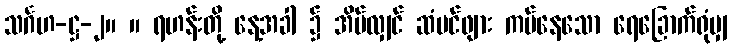
သင်္ဂဟ-ဋ္ဌ-၂။ ။ ရဟန်းတို့ နေ့အခါ ၌ အိပ်လျှင် ဆံပင်ဖျား ကပ်နေသော ရေခြောက်ရုံမျှ